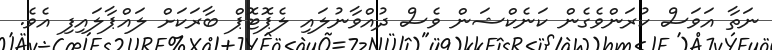
ނަތާ އަވަސް ކުރަންވެގެން ކަނެކްޝަން ވެސް ދުއްވާނުލައި ލެޕޮޓޮޕް ބާރަކަށް ލައްޕާލައިފި އެވެ.